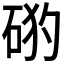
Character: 𥒙